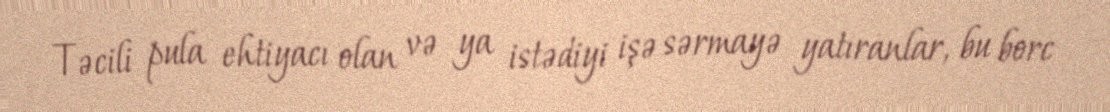
Təcili pula ehtiyacı olan və ya istədiyi işə sərmayə yatıranlar, bu borc